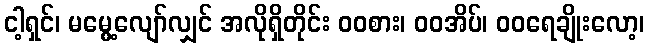
ငါ့ရှင်၊ မမွေ့လျော်လျှင် အလိုရှိတိုင်း ဝဝစား၊ ဝဝအိပ်၊ ဝဝရေချိုးလော့၊